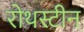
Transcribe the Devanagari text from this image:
रोथस्टीन